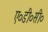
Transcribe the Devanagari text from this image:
ए०डी०सी०